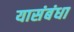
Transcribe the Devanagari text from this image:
यासंबंधा